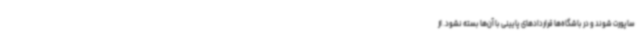
ساپورت شوند و در باشگاه‌ها قراردادهای پایینی با آن‌ها بسته نشود. از